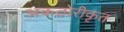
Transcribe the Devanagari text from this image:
अकठोरीकृत